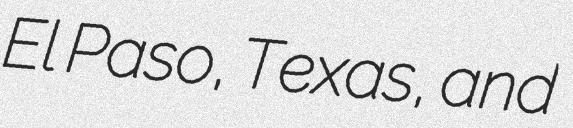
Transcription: El Paso, Texas, and